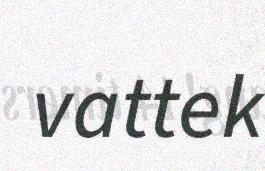
vattek